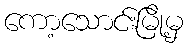
ကော့သောင်းမြို့မှ